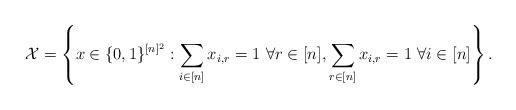
LaTeX: \begin{gather*}\mathcal{X} = \left\{x \in \{0,1\}^{[n]^2}: \sum_{i\in [n]} x_{i,r}= 1 \ \forall r \in [n], \sum_{r \in [n]} x_{i,r}=1 \ \forall i \in [n]\right\}.\end{gather*}